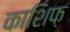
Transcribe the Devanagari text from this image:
काशिफ़